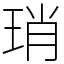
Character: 琑